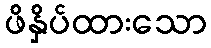
ဖိနှိပ်ထားသော